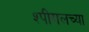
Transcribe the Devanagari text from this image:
श्पीगलच्या